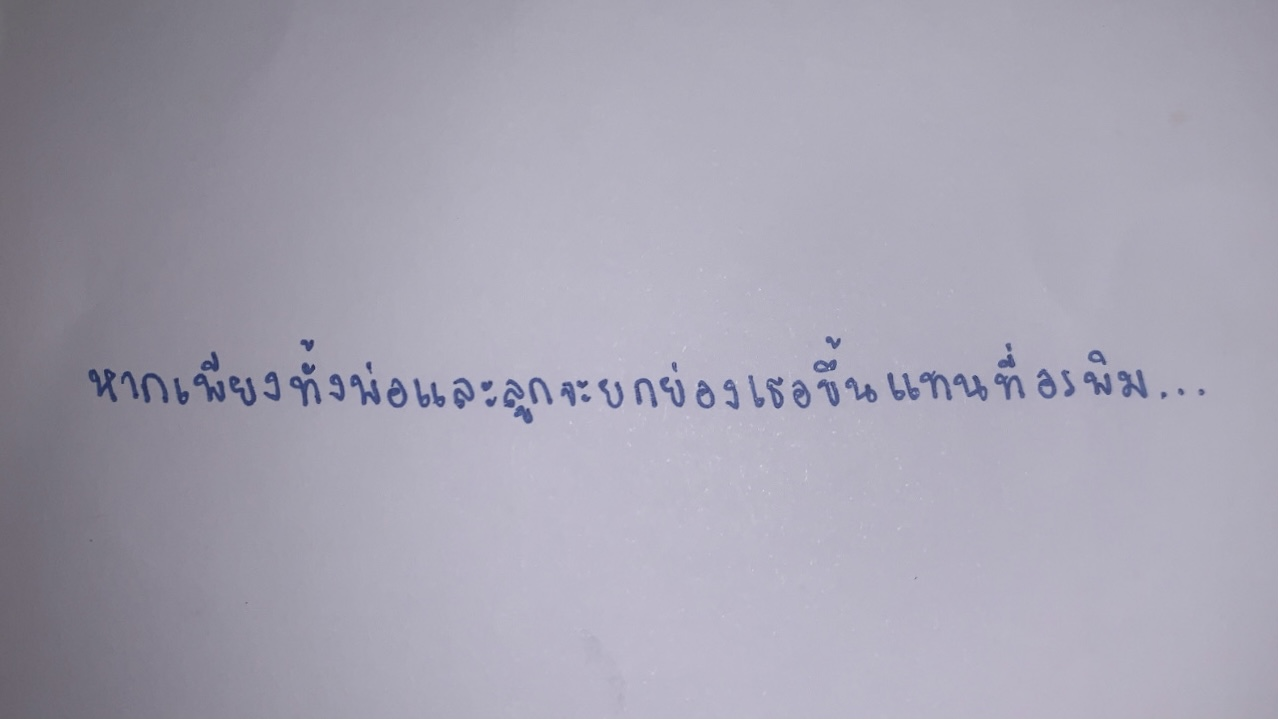
หากเพียงทั้งพ่อและลูกจะยกย่องเธอขึ้นแทนที่อรพิม...